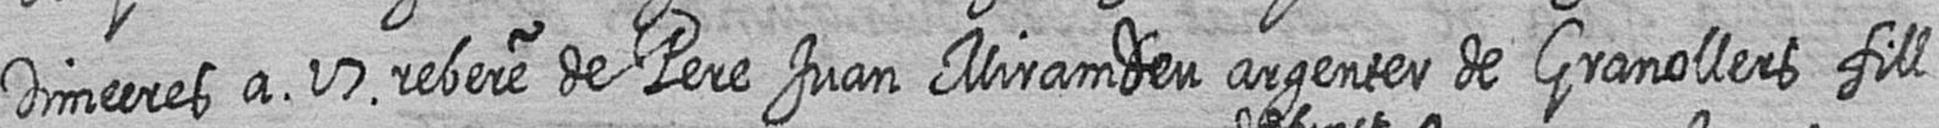
Dimecres a 17 rebere de Pere Juan Miramdeu argenter de Granollers fill